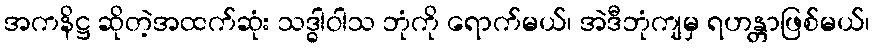
အကနိဋ္ဌ ဆိုတဲ့အထက်ဆုံး သဒ္ဓါဝါသ ဘုံကို ရောက်မယ်၊ အဲဒီဘုံကျမှ ရဟန္တာဖြစ်မယ်၊